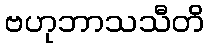
ဗဟုဘာသသီတိ